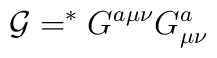
{\cal G}=^\ast G^{a\mu\nu}G^a_{\mu\nu}